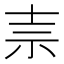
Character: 𰧭